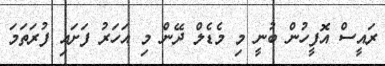
ރައީސް އޮފީހުން ބުނީ މި މެޑެލް ދޭން މި އަހަރު ފަށައި ފުރަތަމަ